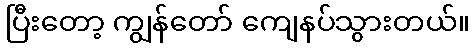
ပြီးတော့ ကျွန်တော် ကျေနပ်သွားတယ်။